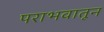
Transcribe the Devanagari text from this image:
पराभवातून